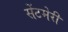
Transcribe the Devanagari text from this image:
सेंटमेरी